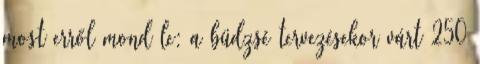
most erről mond le: a büdzsé tervezésekor várt 250